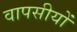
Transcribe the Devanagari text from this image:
वापसीयों